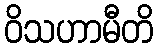
ဝိသဟာမီတိ